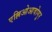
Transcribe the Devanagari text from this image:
एल्लिओआवोगुर